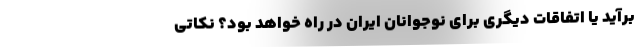
برآید یا اتفاقات دیگری برای نوجوانان ایران در راه خواهد بود؟ نکاتی